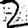
Digit: 2